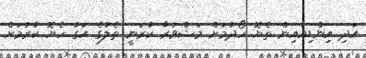
އަދި އިންޑިއާއިން ތެޔޮ ހޯދުމަށް މަޝްވަރާ ކުރަނީ ތެލުގެ އަގު ހެޔޮ ކުރުމަށް